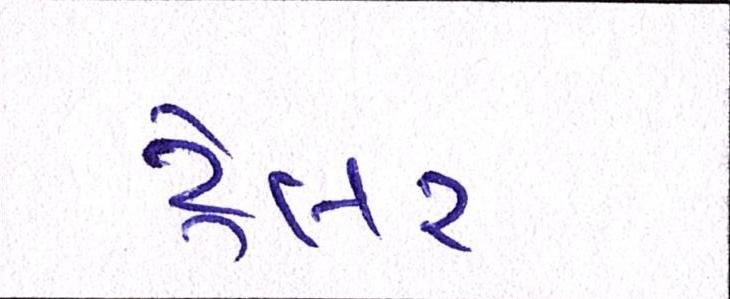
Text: ટ્રેલર